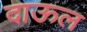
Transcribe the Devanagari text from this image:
दाऊल